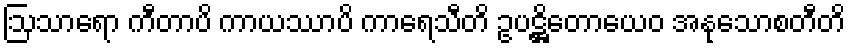
ဩသာရော ကီတာပိ ကာယဿာပိ ကာရေသီတိ ဥပဋ္ဌိတောယေဝ အနုသောစတီတိ